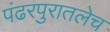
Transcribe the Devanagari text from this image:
पंढरपुरातलेच